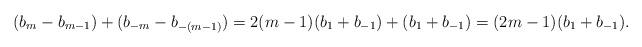
LaTeX: \begin{align*}(b_m-b_{m-1})+(b_{-m}-b_{-(m-1)})=2(m-1)(b_1+b_{-1})+(b_1+b_{-1})=(2m-1)(b_1+b_{-1}).\end{align*}